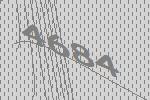
4684